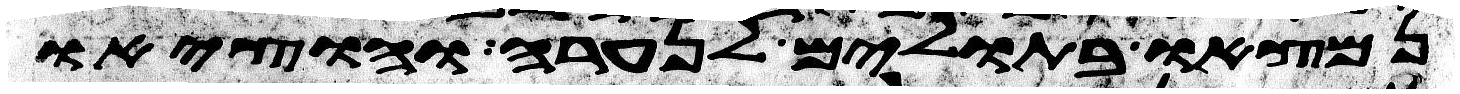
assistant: נמצאו בתולים לנערה והוציאו